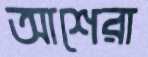
আশেরা